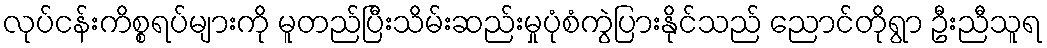
လုပ်ငန်းကိစ္စရပ်များကို မူတည်ပြီးသိမ်းဆည်းမှုပုံစံကွဲပြားနိုင်သည် ညောင်တိုရွာ ဦးညီသူရ